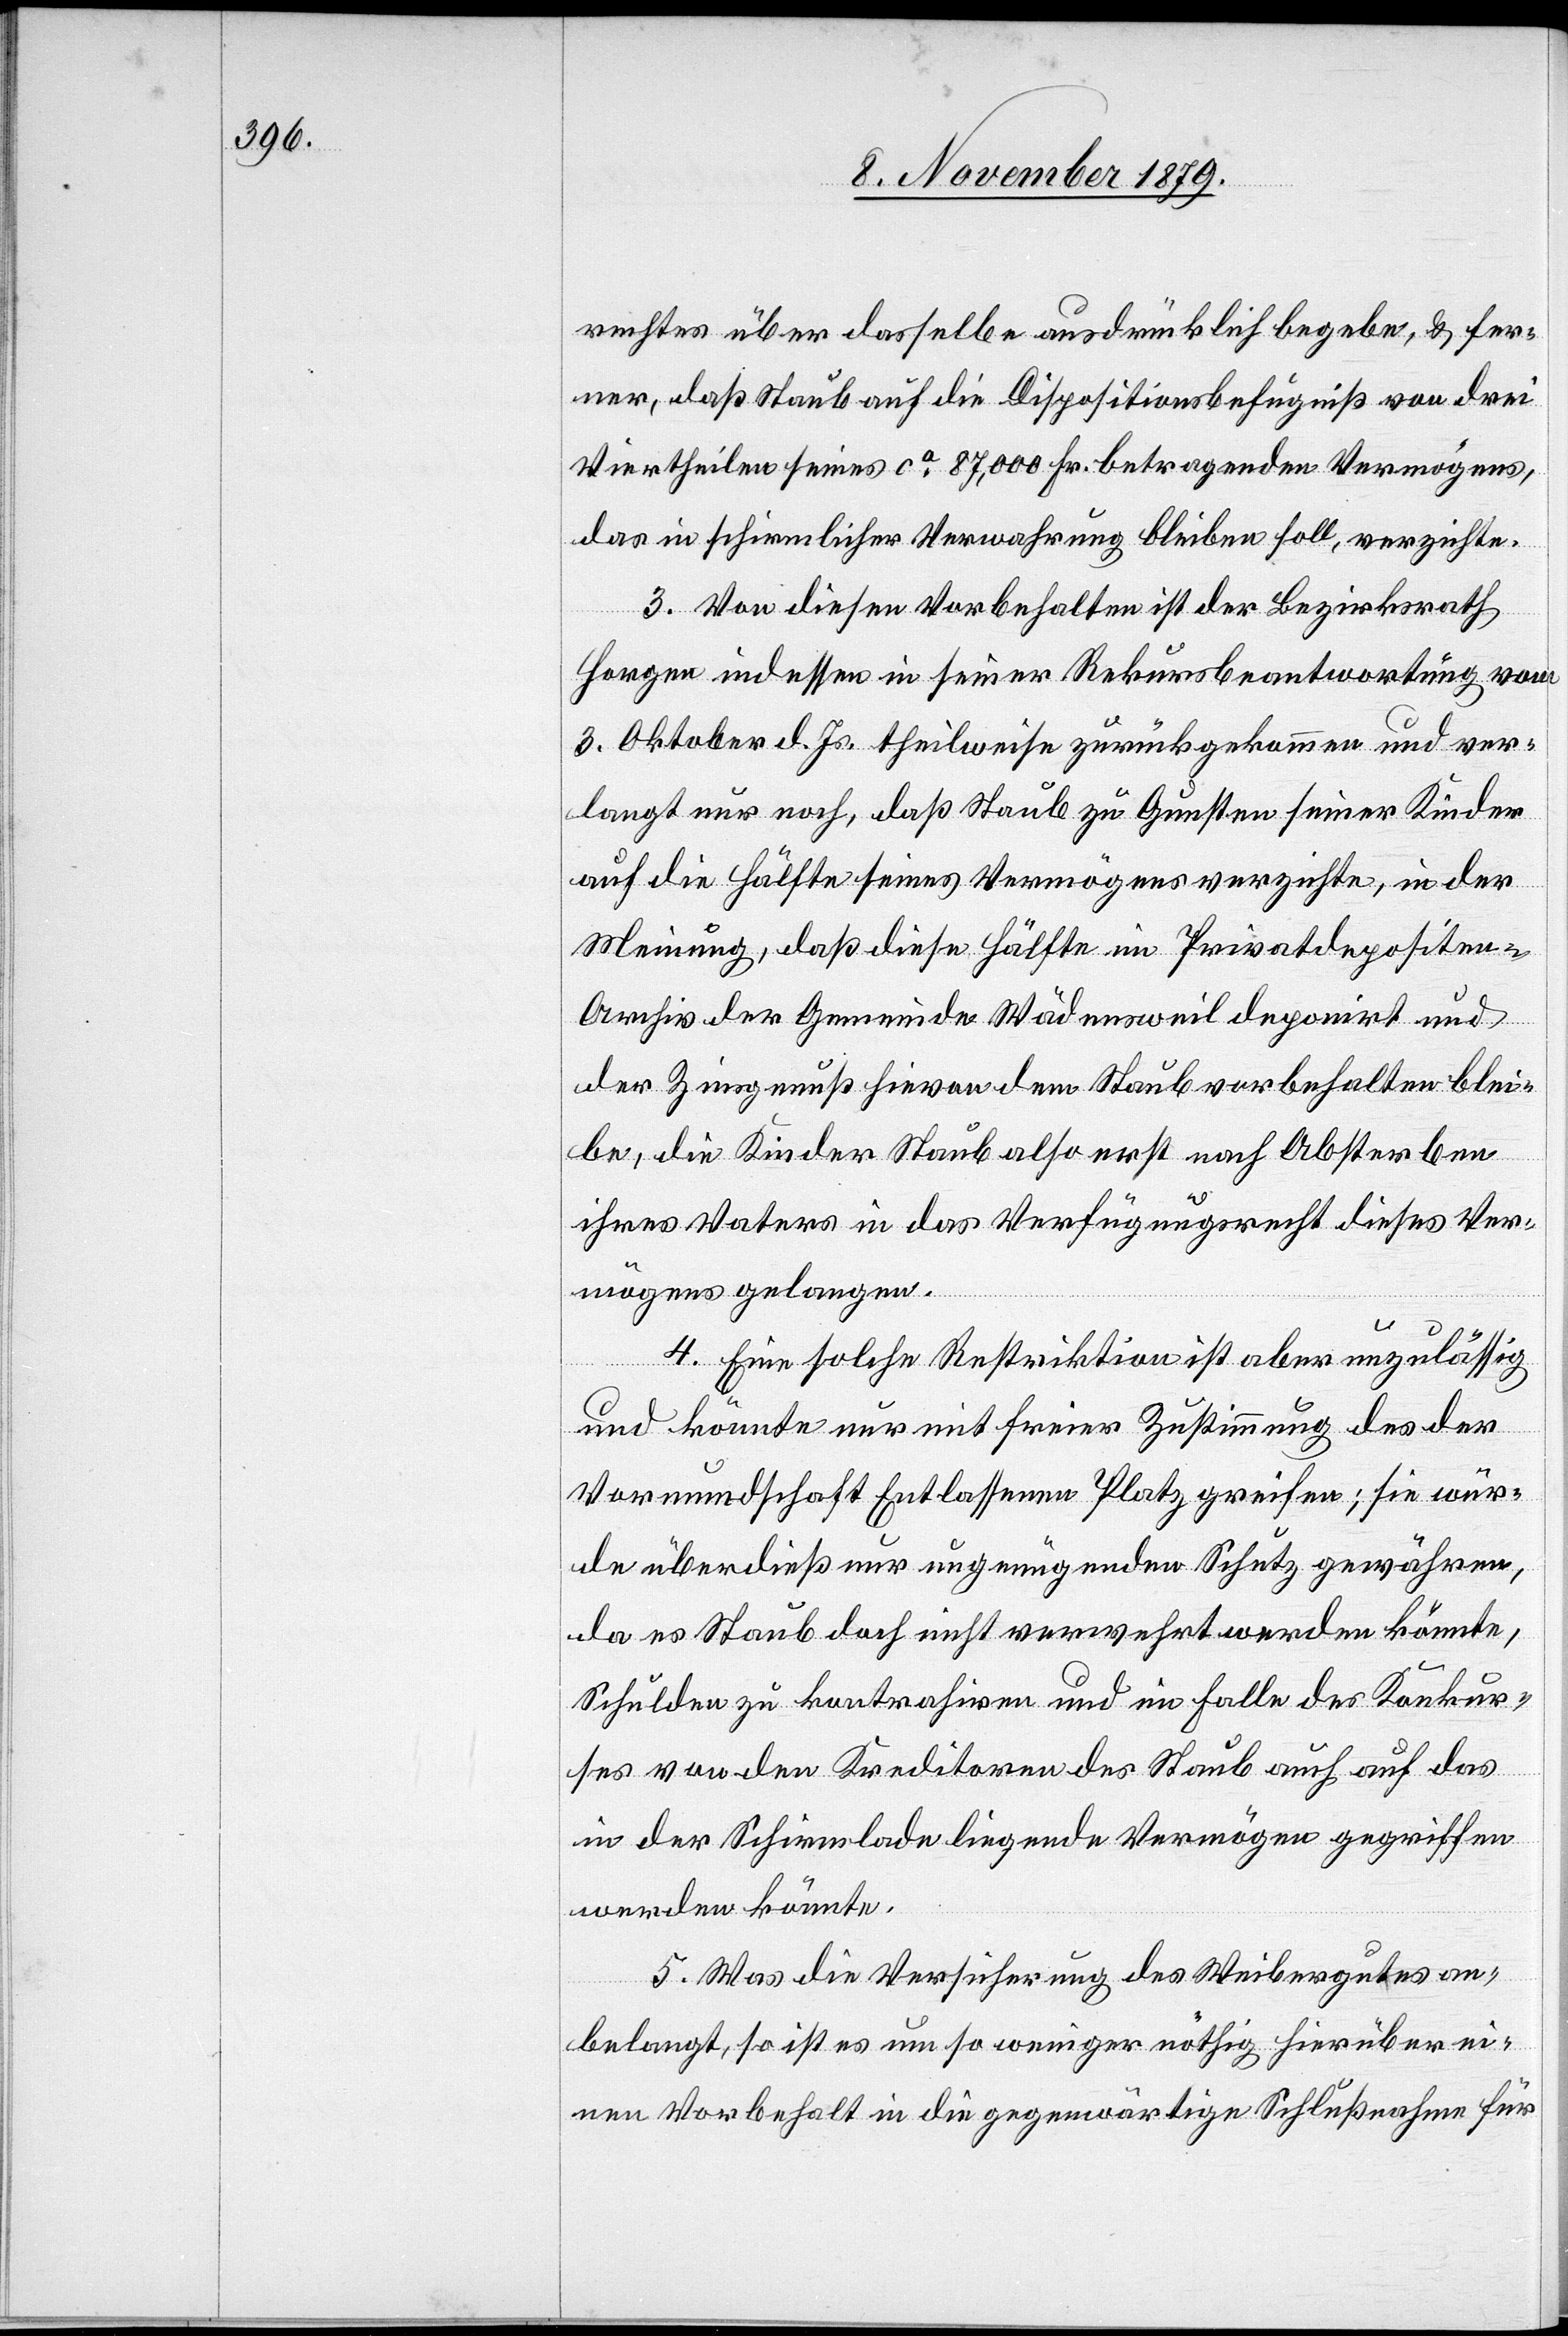
rechtes über dasselbe ausdrücklich begebe, & fer¬
ner, daß Staub auf die Dispositionsbefugniß von drei
Viertheilen seines ca 87,000 Fr. betragenden Vermögens,
das in schirmlicher Verwahrung bleiben soll, verzichte.
3. Von diesen Vorbehalten ist der Bezirksrath
Horgen indessen in seiner Rekursbeantwortung vom
3. Oktober d. Js. theilweise zurückgekommen und ver¬
langt nur noch, daß Staub zu Gunsten seiner Kinder
auf die Hälfte seines Vermögens verzichte, in der
Meinung, daß diese Hälfte im Privatdepositione¬
n-Archiv der Gemeinde Wädensweil deponirt und
der Zinsgenuß hievon dem Staub vorbehalten blei¬
be, die Kinder Staub also erst nach Absterben
ihres Vaters in das Verfügungsrecht dieses Ver¬
mögens gelangen.
4. Eine solche Restriktion ist aber unzulässig
und könnte nur mit freier Zustimmung des der
Vormundschaft Entlassenen Platz greifen; sie wür¬
de überdieß nur ungenügenden Schutz gewähren,
da es Staub doch nicht verwehrt werden könnte,
Schulden zu kontrahiren und im Falle des Konkur¬
ses von den Kreditoren des Staub auch auf das
in der Schirmlade liegende Vermögen gegriffen
werden könnte.
5. Was die Versicherung des Weibergutes an¬
belangt, so ist es um so weniger nöthig hierüber ei¬
nen Vorbehalt in die gegenwärtige Schlußnahme für